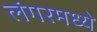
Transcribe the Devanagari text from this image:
लंगरमध्ये